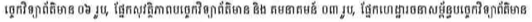
ច្ចេកវិទ្យាព័ត៌មាន ០៦ រូប, ផ្នែកសុវត្ថិភាពបច្ចេកវិទ្យាព័ត៌មាន និង គមនាគមន៍ ០៣ រូប, ផ្នែកហេដ្ឋារចនាសម្ព័ន្ធបច្ចេកវិទ្យាព័ត៌មាន